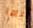
أيها